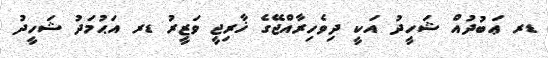
ޑރ ޢަބުދުއް ޝަހީދު އަކީ ދިވެހިރާއްޖޭގެ ޚާރިޖީ ވަޒީރު ޑރ އަޙުމަދު ޝަހީދު